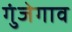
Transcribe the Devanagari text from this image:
गुंजेगाव